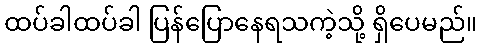
ထပ်ခါထပ်ခါ ပြန်ပြောနေရသကဲ့သို့ ရှိပေမည်။